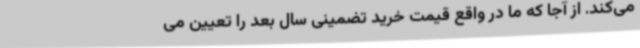
می‌کند. از آجا که ما در واقع قیمت خرید تضمینی سال بعد را تعیین می